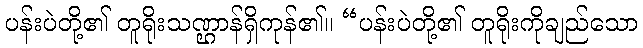
ပန်းပဲတို့၏ တူရိုးသဏ္ဌာန်ရှိကုန်၏။ “ပန်းပဲတို့၏ တူရိုးကိုချည်သော